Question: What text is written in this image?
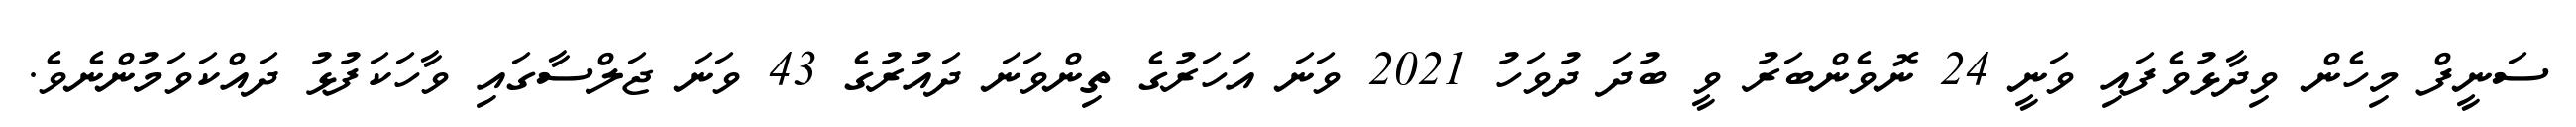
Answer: ސަނީފް މިހެން ވިދާޅުވެފައި ވަނީ 24 ނޮވެންބަރު ވީ ބުދަ ދުވަހު 2021 ވަނަ އަހަރުގެ ތިންވަނަ ދައުރުގެ 43 ވަނަ ޖަލްސާގައި ވާހަކަފުޅު ދައްކަވަމުންނެވެ.